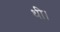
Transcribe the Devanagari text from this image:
थी।